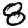
Digit: 8